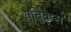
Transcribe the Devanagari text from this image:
युतिकेस